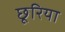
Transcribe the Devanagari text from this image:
छूरिया